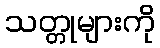
သတ္တုများကို